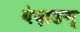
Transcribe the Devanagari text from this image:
वेदाङग्